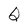
Character: Q